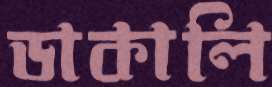
ডাকালি